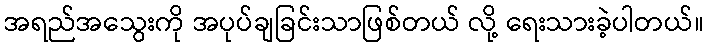
အရည်အသွေးကို အပုပ်ချခြင်းသာဖြစ်တယ် လို့ ရေးသားခဲ့ပါတယ်။